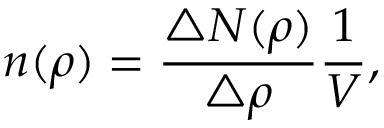
n ( \rho ) = \frac { \triangle N ( \rho ) } { \triangle \rho } \frac { 1 } { V } ,